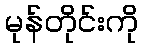
မုန်တိုင်းကို